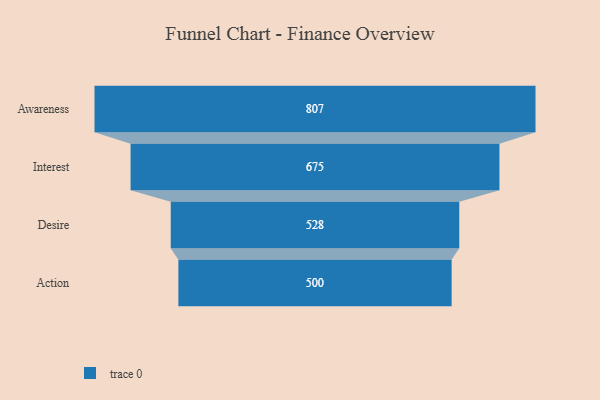
{"axis": {"x": "Stage", "y": "Value"}, "legend": [""], "data": [{"x": "Awareness", "y": 807.0, "type": ""}, {"x": "Interest", "y": 675.0, "type": ""}, {"x": "Desire", "y": 528.0, "type": ""}, {"x": "Action", "y": 500, "type": ""}]}